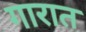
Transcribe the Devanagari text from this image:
गारात